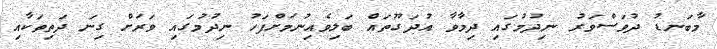
މާބަނޑު ދުވަސްވަރު ނިދުމުގައި ދިމާވާ އުދަގޫތައް ބަލިވެއިނުމަށްފަހު ނިދުމުގައި ވަރަށް ގިނަ ދަތިތަކާއި